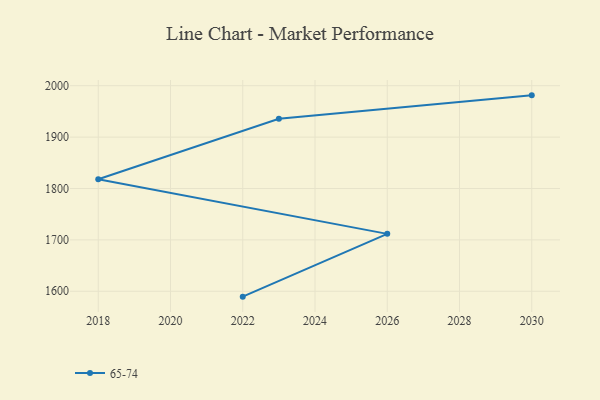
{"axis": {"x": "Year", "y": "Population (Million)"}, "legend": ["65-74"], "data": [{"x": "2022", "y": 1589.5, "type": "65-74"}, {"x": "2026", "y": 1711.7, "type": "65-74"}, {"x": "2018", "y": 1818.1, "type": "65-74"}, {"x": "2023", "y": 1935.7, "type": "65-74"}, {"x": "2030", "y": 1981.3, "type": "65-74"}]}